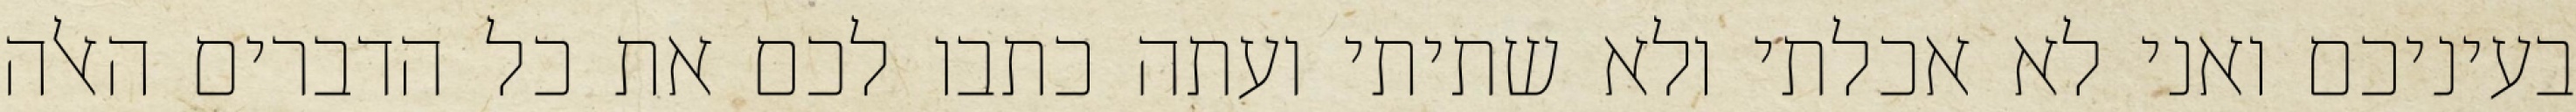
בעיניכם ואני לא אכלתי ולא שתיתי ועתה כתבו לכם את כל הדברים האלה